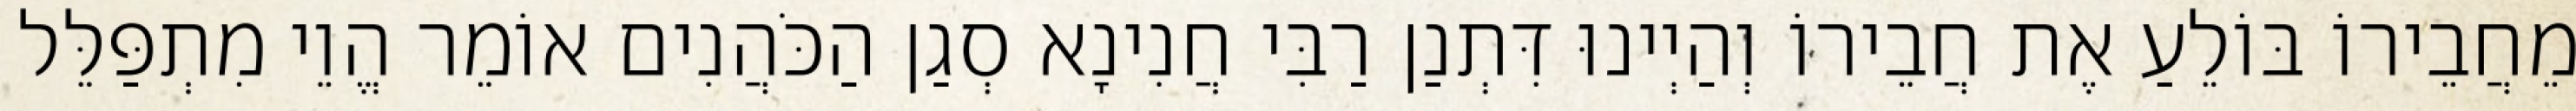
מֵחֲבֵירוֹ בּוֹלֵעַ אֶת חֲבֵירוֹ וְהַיְינוּ דִּתְנַן רַבִּי חֲנִינָא סְגַן הַכֹּהֲנִים אוֹמֵר הֱוֵי מִתְפַּלֵּל